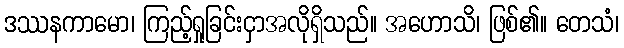
ဒဿနကာမော၊ ကြည့်ရှုခြင်းငှာအလိုရှိသည်။ အဟောသိ၊ ဖြစ်၏။ တေသံ၊